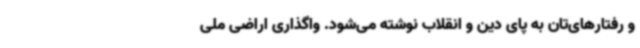
و رفتارهای‌تان به پای دین و انقلاب نوشته می‌شود. واگذاری اراضی ملی